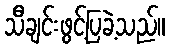
သီချင်းဖွင့်ပြခဲ့သည်။